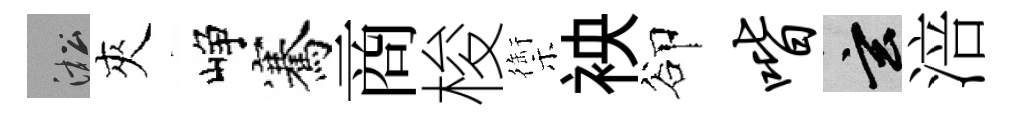
淞夾峥騫商梭禦䘧卻喈玄涪